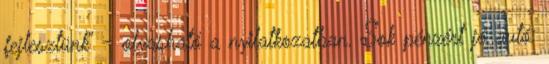
fejlesztünk” – olvasható a nyilatkozatban. Sok pénzért jó autó: